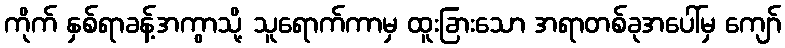
ကိုက် နှစ်ရာခန့်အကွာသို့ သူရောက်ကာမှ ထူးခြားသော အရာတစ်ခုအပေါ်မှ ကျော်